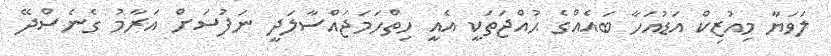
ލަވަޔާ މިއުޒިކް އަޑުއަހާ ބައެއްގެ ޙުއްޖަތަކީ އެއީ ހިތްހަމަޖައްސާލަދީ ނަފުސަށް އަރާމު ގެނެސްދޭ